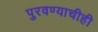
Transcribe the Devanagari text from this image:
पुरवण्याचीही